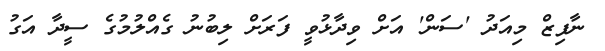
ނާފިޒް މިއަދު 'ސަން' އަށް ވިދާޅުވީ ފަރަށް ލިބުނު ގެއްލުމުގެ ސީދާ އަގު